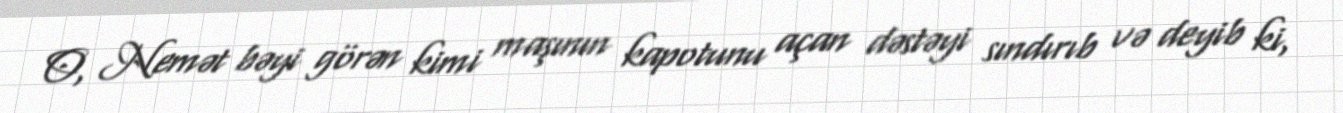
O, Nemət bəyi görən kimi maşının kapotunu açan dəstəyi sındırıb və deyib ki,